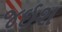
જઈશ